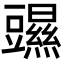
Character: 䝃